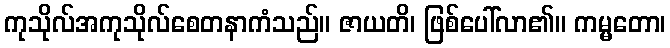
ကုသိုလ်အကုသိုလ်စေတနာကံသည်။ ဇာယတိ၊ ဖြစ်ပေါ်လာ၏။ ကမ္မတော၊